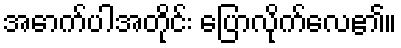
အောက်ပါအတိုင်း ပြောလိုက်လေ၏။